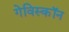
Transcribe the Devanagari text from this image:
गेविस्कॉन